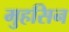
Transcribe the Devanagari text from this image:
मुहसिन